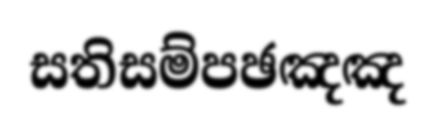
සතිසම්පඡඤඤ